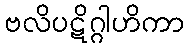
ဗလိပဋိဂ္ဂါဟိကာ